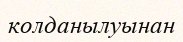
колданылуынан